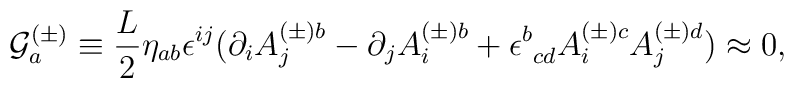
{\cal G}_{a}^{(\pm)}\equiv\frac{L}{2}\eta_{ab}\epsilon^{ij}(\partial_{i}A^{(\pm)b}_{j}-\partial_{j}A^{(\pm)b}_{i}+\epsilon^{b}_{\mbox{ }cd}A^{(\pm)c}_{i}A^{(\pm)d}_{j})\approx 0,